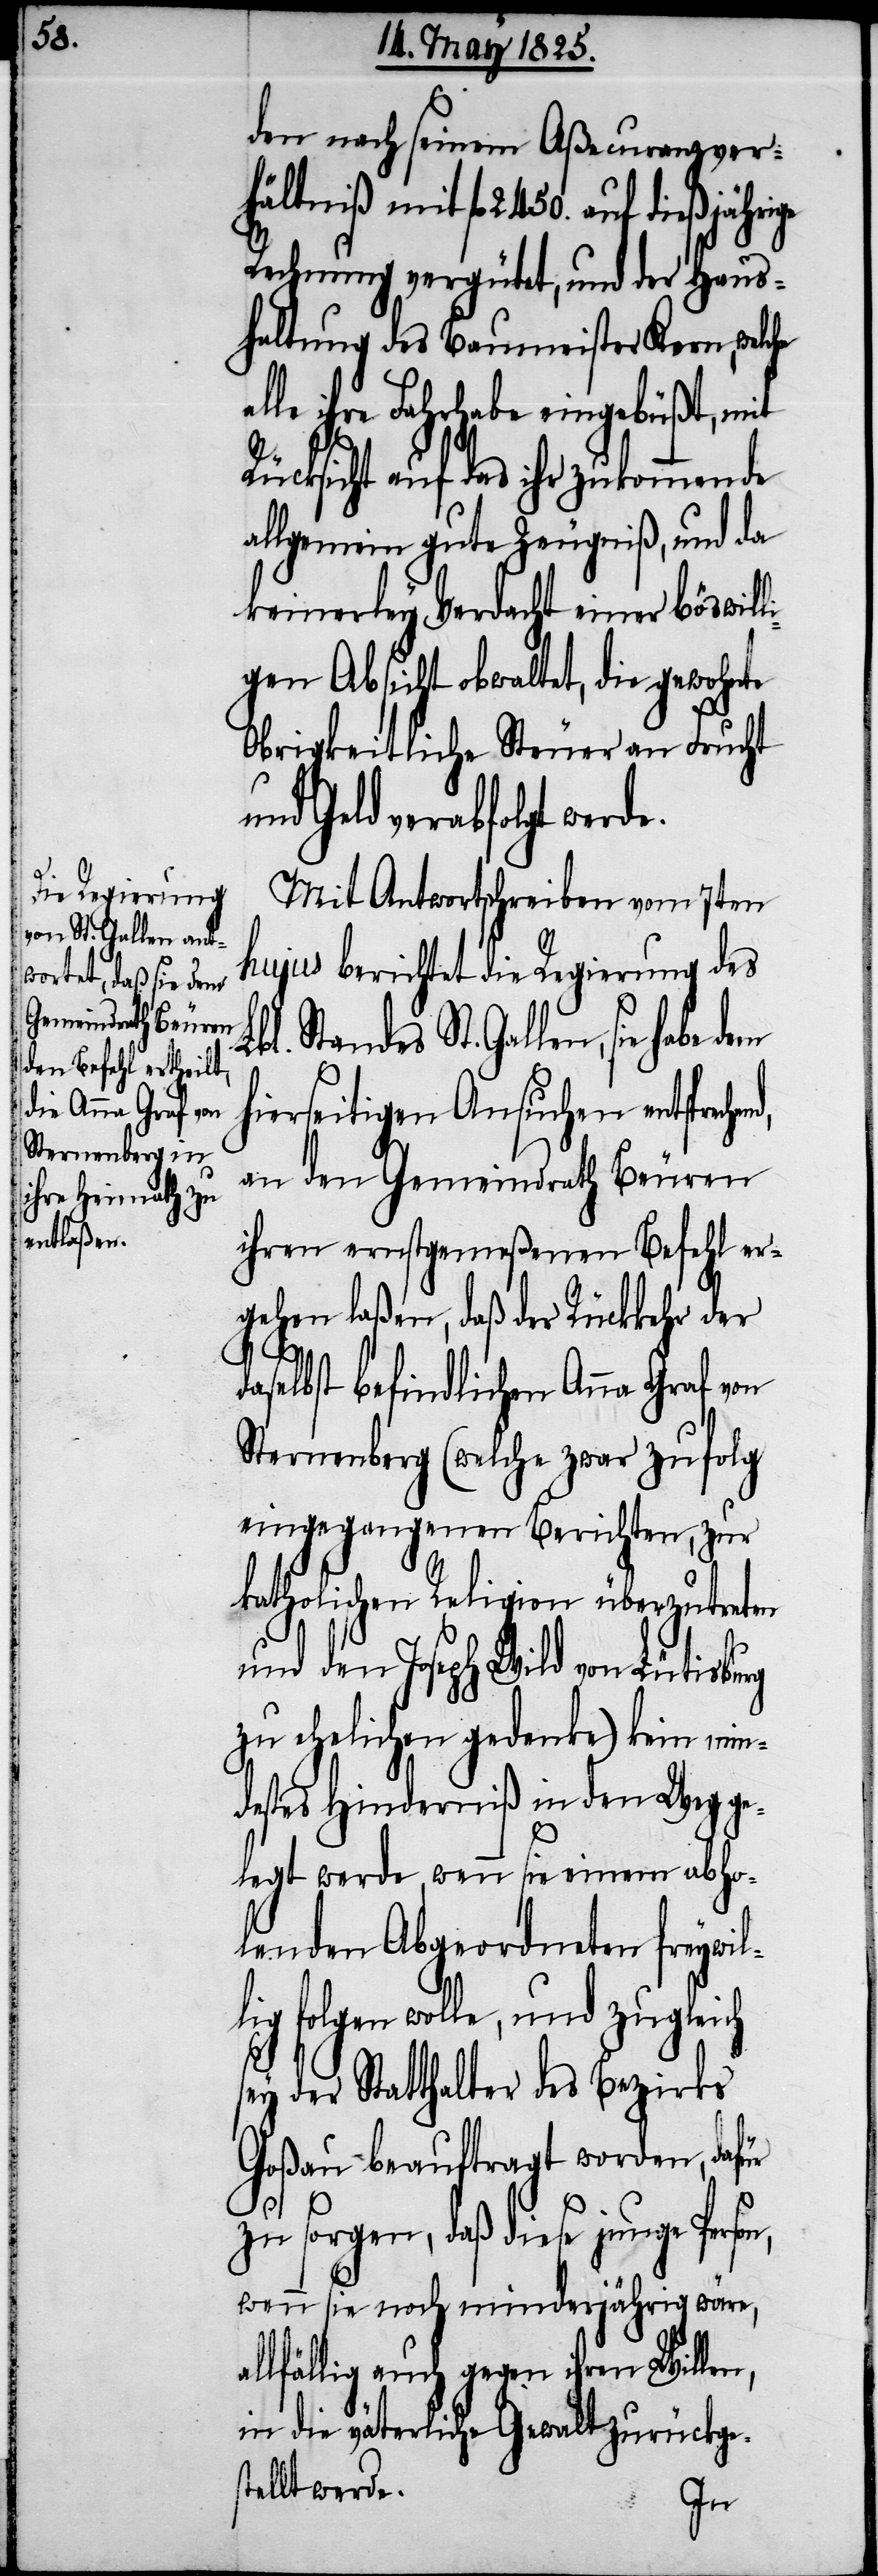
al¬

den nach seinem Aßecuranzver¬
hältniß mit fl. 2450. auf dießjährige
Rechnung vergütet, und der Haus¬
haltung des Baumeister Kern, welche
le ihre Fahrhabe eingebüßt, mit
Rücksicht auf das ihr zukommende
allgemein gute Zeugniß, und da
keinerley Verdacht einer böswill¬
igen Absicht obwaltet, die gewohnte
Obrigkeitliche Steuer an Frucht
und Geld verabfolgt werde.
Mit Antwortschreiben vom 7ten
hujus berichtet die Regierung des
St. Gallen, sie habe dem
hierseitigen Ansuchen entsprech¬
an den Gemeindrath Beuren
ihren ernstgemeßenen Befehl er¬
gehen laßen, daß der Rückkehr der
selbst befindlichen Anna Graf von
Sternenberg (welche zwar zufolg
eingegangenen Berichten, zur
katholischen Religion überzutreten
und den Joseph Wild von Lütisburg
zu ehelichen gedenke) kein min¬
destes Hinderniß in den Weg ge¬
legt werde, wenn sie einem abho¬
lenden Abgeordneten freywil¬
lig folgen wolle, und zugleich
sey der Statthalter des Bezirks
Goßau beauftragt worden, dafür
zu sorgen, daß diese junge
wenn sie noch minderjährig wäre,
lfällig auch gegen ihren Willen,
in die väterliche Gewalt zurückge¬
stellt werde.
end,